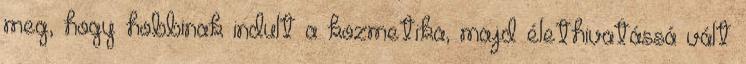
meg, hogy hobbinak indult a kozmetika, majd élethivatássá vált